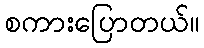
စကားပြောတယ်။